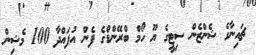
ޗައިނާގެ ޝެންޒެން ސިޓީގެ ޔޫ ހޯމް ބްރޭންޑްގެ ފެން އުފައްދާ 100 މެޝިން